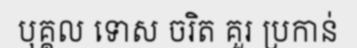
បុគ្គល ទោស ចរិត គួរ ប្រកាន់